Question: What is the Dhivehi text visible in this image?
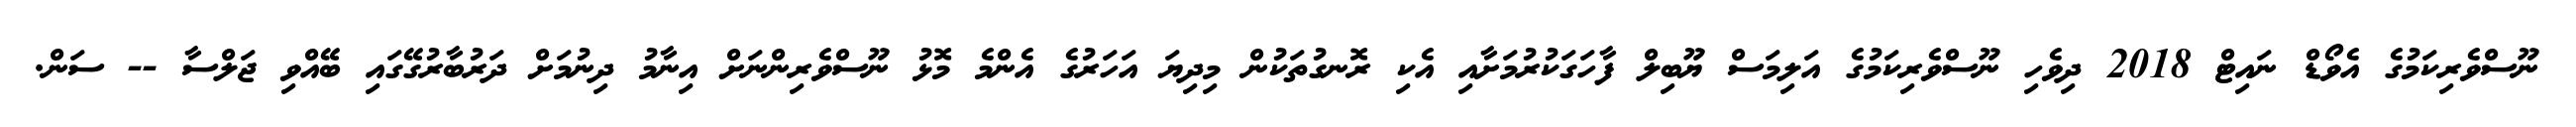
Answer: ނޫސްވެރިކަމުގެ އެވޯޑް ނައިޓް 2018 ދިވެހި ނޫސްވެރިކަމުގެ އަލިމަސް ޔޫބިލް ފާހަގަކުރުމަށާއި އެކި ރޮނގުތަކުން މިދިޔަ އަހަރުގެ އެންމެ މޮޅު ނޫސްވެރިންނަށް އިނާމު ދިނުމަށް ދަރުބާރުގޭގައި ބޭއްވި ޖަލްސާ -- ސަން.